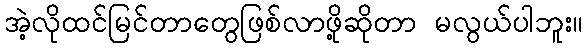
အဲ့လိုထင်မြင်တာတွေဖြစ်လာဖို့ဆိုတာ မလွယ်ပါဘူး။